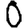
Digit: 0